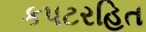
કપટરહિત